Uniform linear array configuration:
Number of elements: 32
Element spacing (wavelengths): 0.25
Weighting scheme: kaiser
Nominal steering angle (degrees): -60
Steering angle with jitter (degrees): -61.994
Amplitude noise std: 0.05
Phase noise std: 0.05

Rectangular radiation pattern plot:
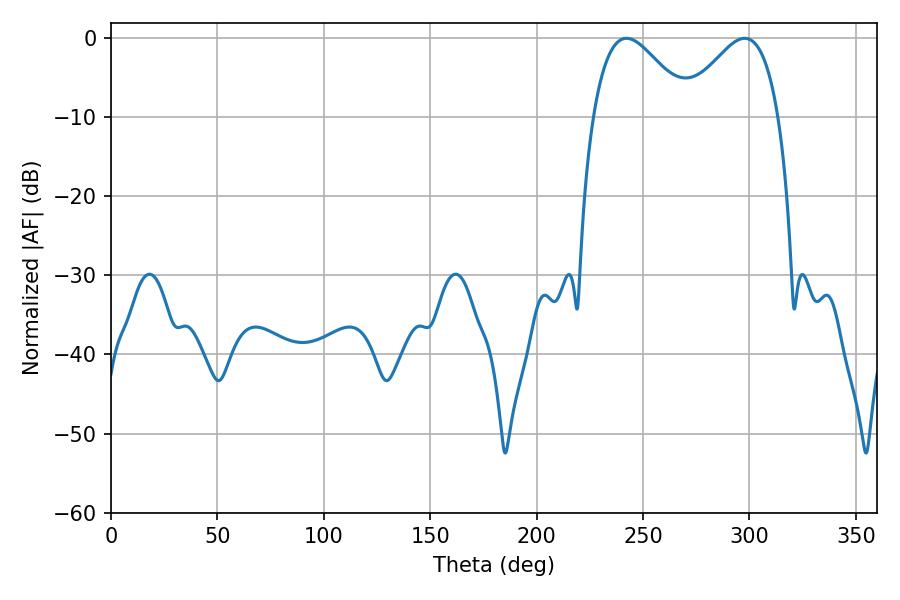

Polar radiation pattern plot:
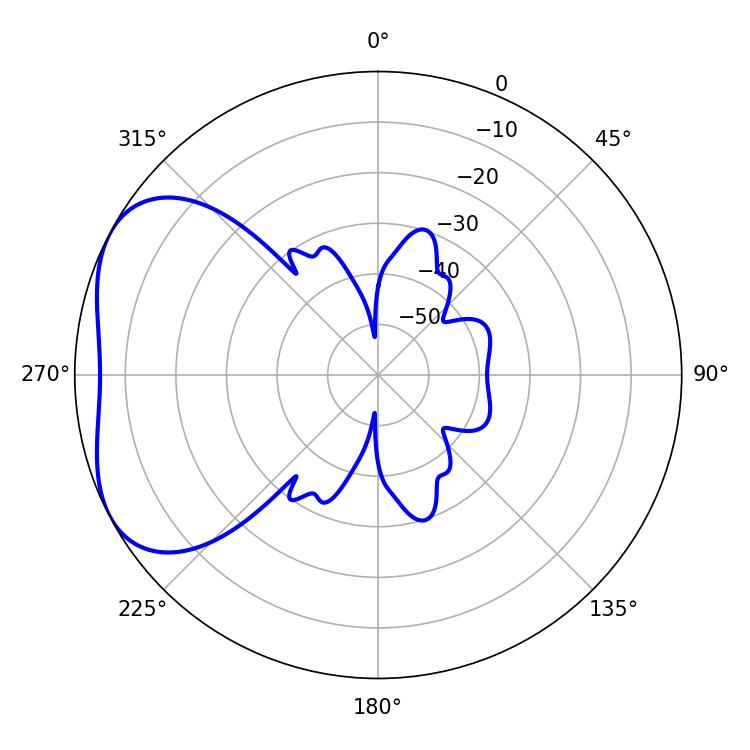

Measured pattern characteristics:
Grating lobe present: FALSE
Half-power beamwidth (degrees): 24.3
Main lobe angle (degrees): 242.28